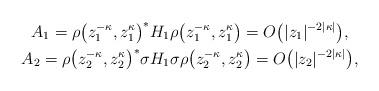
LaTeX: \begin{gather*}A_{1}=\rho\big( z_{1}^{-\kappa},z_{1}^{\kappa}\big)^{\ast}H_{1}\rho\big(z_{1}^{-\kappa},z_{1}^{\kappa}\big)=O\big(\vert z_{1}\vert^{-2\vert \kappa\vert}\big),\\A_{2} =\rho\big( z_{2}^{-\kappa},z_{2}^{\kappa}\big) ^{\ast}\sigma H_{1}\sigma\rho\big( z_{2}^{-\kappa},z_{2}^{\kappa}\big) =O\big(\vert z_{2}\vert^{-2\vert \kappa\vert }\big),\end{gather*}